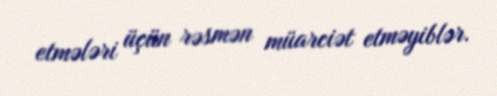
etmələri üçün rəsmən müarciət etməyiblər.